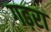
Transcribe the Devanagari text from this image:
गढ़रा